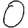
Digit: 0